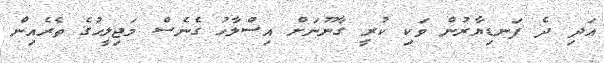
އަދި ދެ ފަނޑިޔާރުން ވަކި ކުރީ ގާނޫނަށް އިސްލާހު ގެނެސް މަޖިލީހުގެ ތެރެއިން